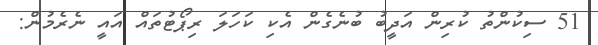
51 ސިކުންތު ކުރިން އަދީބު ބުނެގެން އެކި ކަހަލަ ރިޕޯޓުތައް އައީ ނެރެމުން: